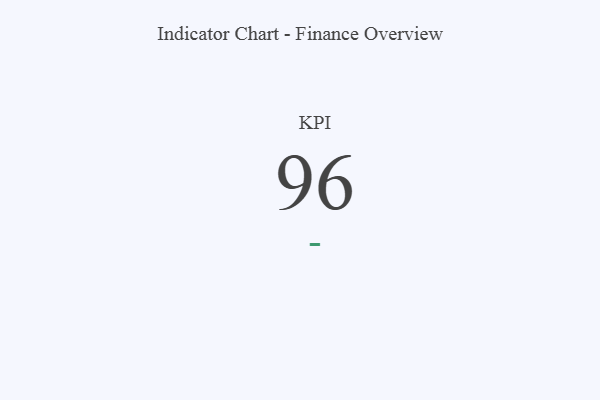
{"axis": {"x": "KPI", "y": "Value"}, "legend": [""], "data": [{"x": "KPI", "y": 96, "type": ""}]}